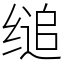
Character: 缒